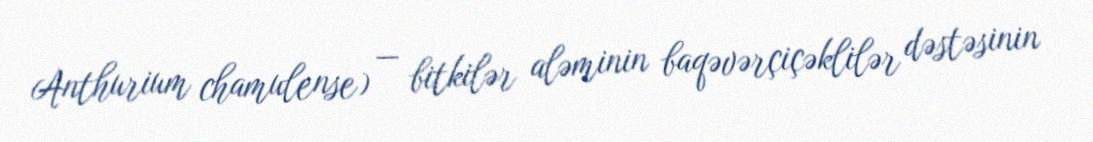
Anthurium chamulense) — bitkilər aləminin baqəvərçiçəklilər dəstəsinin